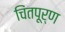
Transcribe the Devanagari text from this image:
चिंतपूर्ण